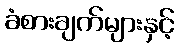
ခံစားချက်များနှင့်